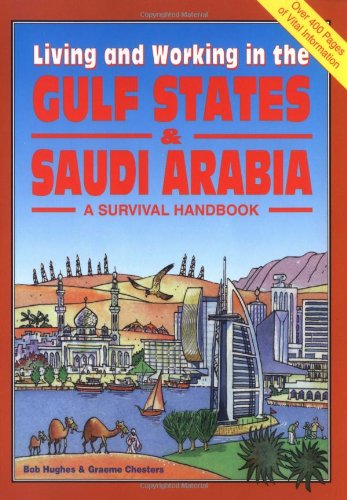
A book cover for Living & Working in the Gulf States & Saudi Arabia: A Survival Handbook; Robert Huges; Travel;